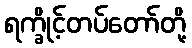
ရက္ခိုင့်တပ်တော်တို့